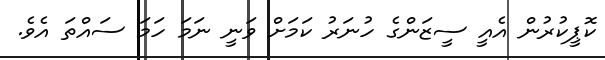
ކޮޕީކުރުން އެއީ ސީޒަންގެ ހުނަރު ކަމަށް ވަނީ ނަމަ ހަމަ ސައްތަ އެވެ.